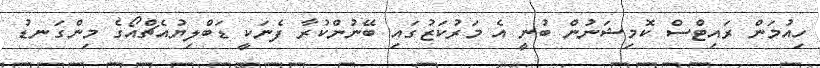
ހިއުމަން ރައިޓްސް ކޮމިޝަނުން ބުނީ އެ މަރުކަޒުގައި ބޭނުންކުރާ ފެނަކީ ޑަބްލިޔުއެޗްއޯގެ މިންގަނޑު